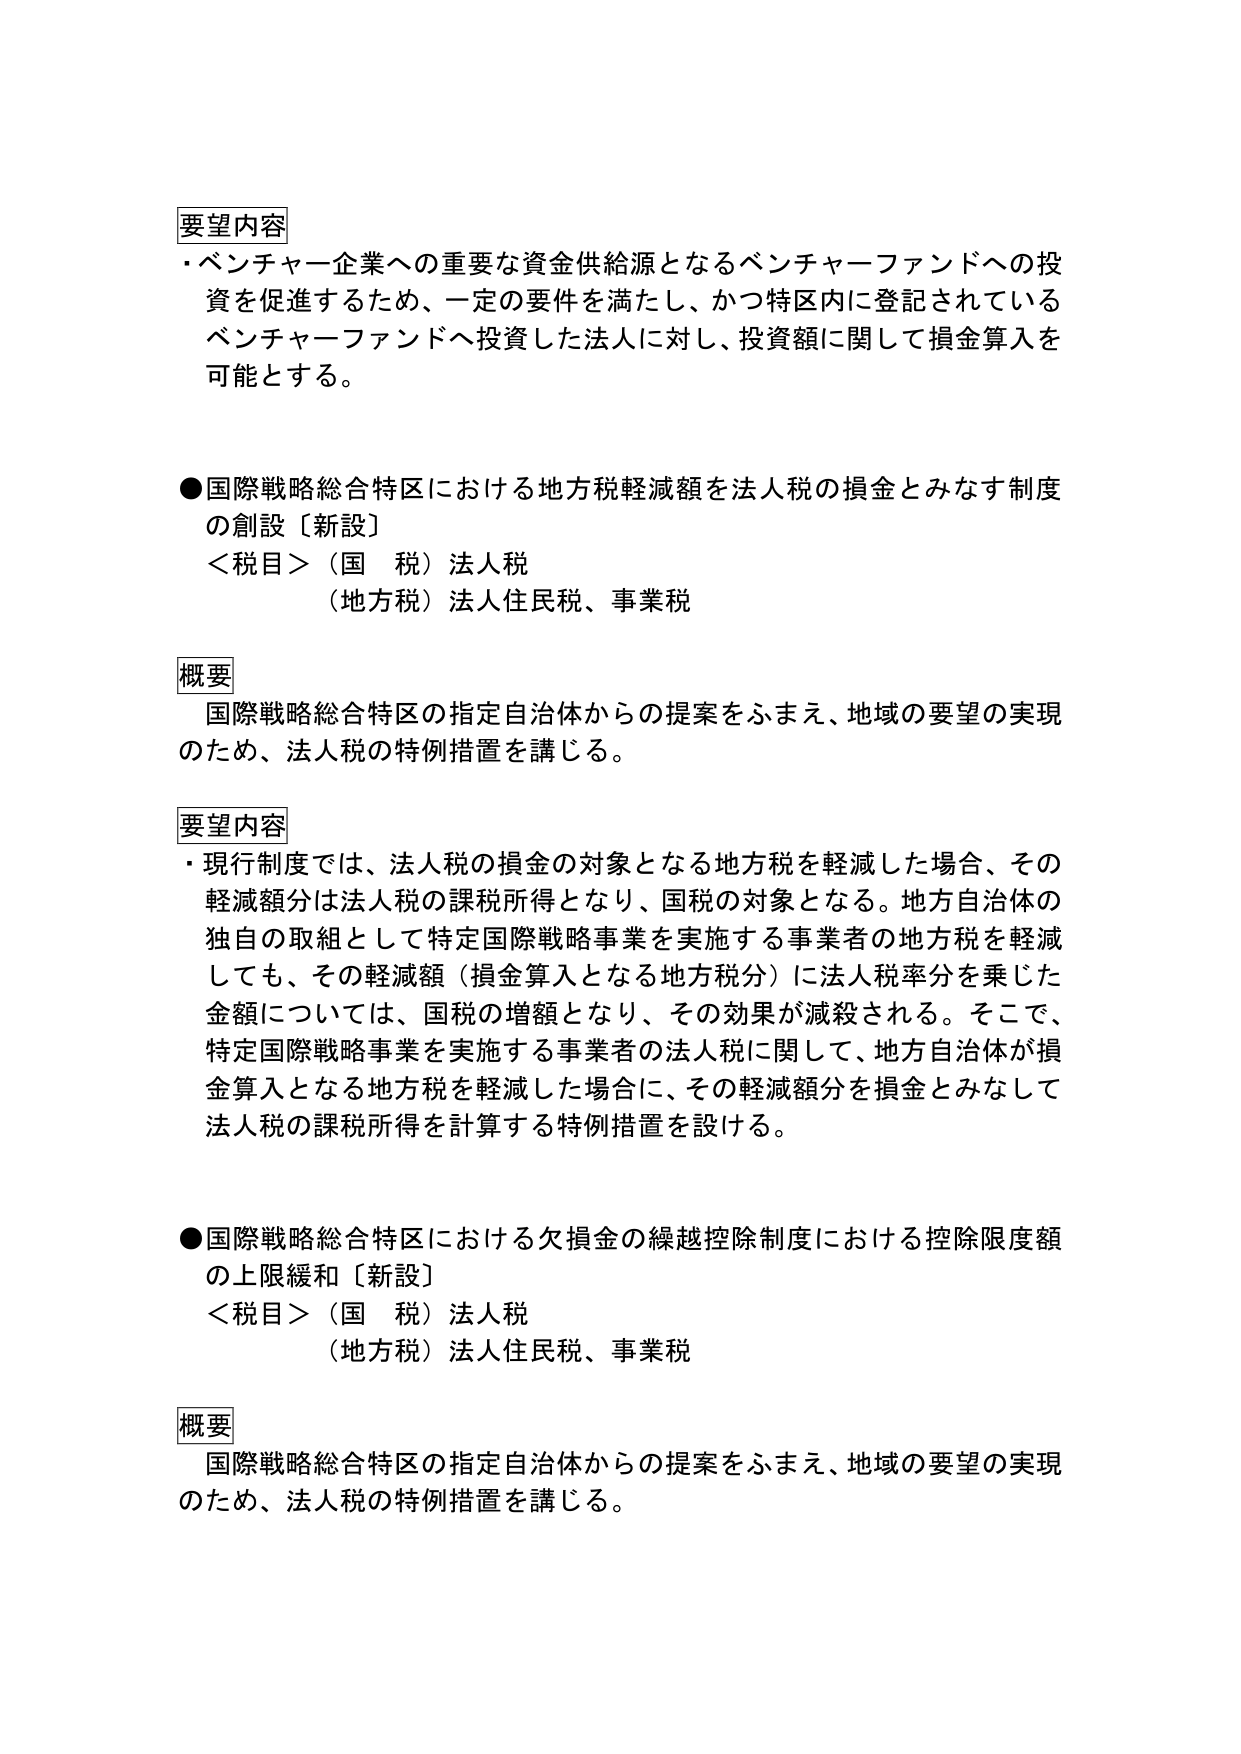
要望内容
・ベンチャー企業への重要な資金供給源となるベンチャーファンドへの投資を促進するため、一定の要件を満たし、かつ特区内に登記されているベンチャーファンドへ投資した法人に対し、投資額に関して損金算入を可能とする。

●国際戦略総合特区における地方税軽減額を法人税の損金とみなす制度の創設〔新設〕
＜税目＞（国　税）法人税
（地方税）法人住民税、事業税

概要
国際戦略総合特区の指定自治体からの提案をふまえ、地域の要望の実現のため、法人税の特例措置を講じる。

要望内容
・現行制度では、法人税の損金の対象となる地方税を軽減した場合、その軽減額分は法人税の課税所得となり、国税の対象となる。地方自治体の独自の取組として特定国際戦略事業を実施する事業者の地方税を軽減しても、その軽減額（損金算入となる地方税分）に法人税率分を乗じた金額については、国税の増額となり、その効果が減殺される。そこで、特定国際戦略事業を実施する事業者の法人税に関して、地方自治体が損金算入となる地方税を軽減した場合に、その軽減額分を損金とみなして法人税の課税所得を計算する特例措置を設ける。

●国際戦略総合特区における欠損金の繰越控除制度における控除限度額の上限緩和〔新設〕
＜税目＞（国　税）法人税
（地方税）法人住民税、事業税

概要
国際戦略総合特区の指定自治体からの提案をふまえ、地域の要望の実現のため、法人税の特例措置を講じる。